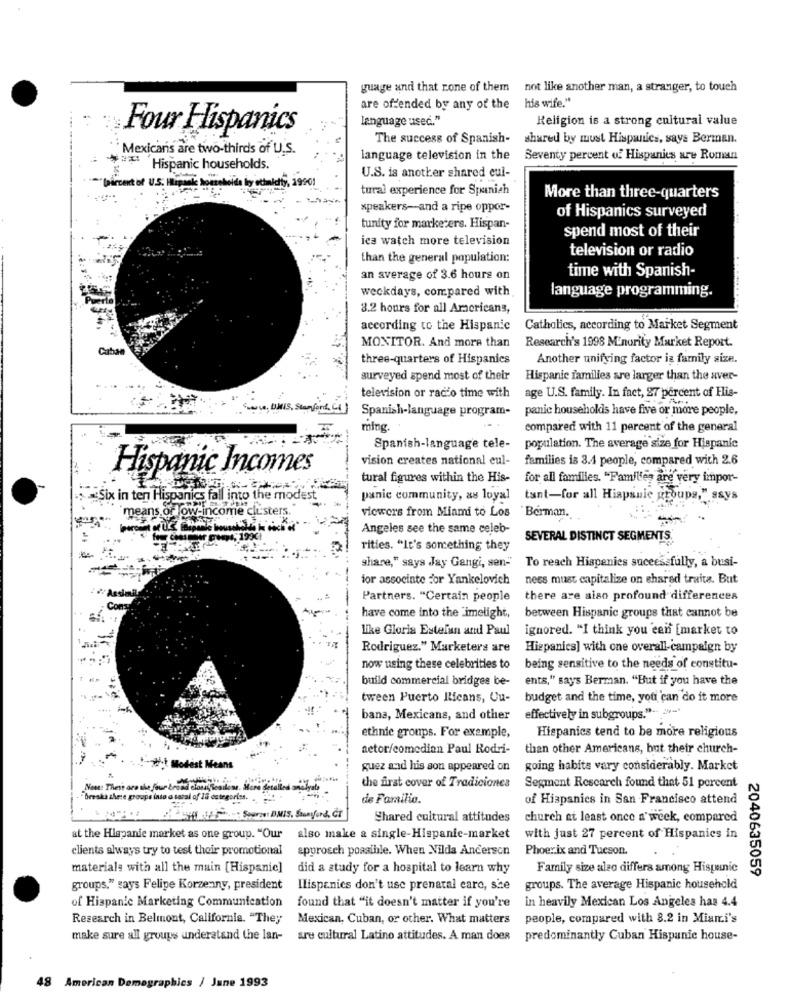
guage and that zone of them
not like another man, a stranger, to touch
his wife."
are offended by any of the
language used."
Religion is a strong cultural value
Four Hispanics
The success of Spanish-
shared by must Hispanics, says Berman.
Mexicans are two-thirds of U.S.
language television in the
Seventy percent of Hispanics are Roman
Hispanic households.
U.S. is another shared eul-
mais households by ethalelfy, 19901
tural experience for Spanish
-
More than three-quarters
speakers-and a ripe oppor-
of Hispanics surveyed
tunity for marketers. Hispan-
ica watch more television
spend most of their
television or radio
than the general population:
time with Spanish-
an average of 3.6 hours on
weckdays, compared with
language programming.
3.2 hours for all Aracrieans,
according to the Hispanic
Catholics, according to Market Segment
Cuba
MONITOR. And more than
Research's 1998 M'nority Market Report.
three-quarters of Hispanics
Another unifying factor is family size.
surveyed spend most of their
Hispanic families are larger than the aver-
television or radio time with
age U.S. family. In fact, 27 percent of His-
Spanish-language program-
panic households have five or more people,
ming.
compared with 11 percent of the general
Spanish-language tele-
population. The average size for Hispanic
vision creates national eul-
families is 3.4 people, compared with 2.6
Hispanic Incomes
tural figures within the His-
for all familles. "Familles are very impor-
Six in ten Hispanics fall into the mode
panic community, as loyal
tant-for all Hispanic groups," says
viewers from Miami to Los
Berman.
"means. or low-income clusters.
--
Angeles see the same celeb-
19X1
SEVERAL DISTINCT SEGMENTS
rities. "It's something they
To reach Hispanics successfully, a busi-
share," says Jay Gengi, sen-"
for associnte for Yankelovich
nees must capitalize on shared traita. But
Assimi
Partners. "Certain people
there are aiso profound differences
have come into the "imelight,
between Hispanic groups that cannot be
like Gloria Estefan and Paul
ignored. "I think you een [market to
Rodriguez." Marketers are
Hispanics] with one overall-campaign by
now using these celebrities to
being sensitive to the needs of constitu-
build commercial bridges be-
ents," says Berman. "But if you have the
tween Puerto Ilicans, Uu-
budget and the time, you can do it more
bana, Mexicans, and other
effectively in subgroups."-
ethnic groups. For example,
Hispanics tend to be more religious
actor/comedian Paul Rodri-
than other Americans, but their church-
*- Modest Means
guez and his son appeared on
going habits vary considerably. Market
Nome: These are the four brand classiResiless. More detailed analyals
the first cover of Tradiciones
Segment Rescarch found that 51 percent
"Breaks shere groups into a taral of lo categories. ..
de Familia.
of Hispanics in San Francisco attend
Shared cultural attitudes
church at least once a week, compared
at the Hispanic market as one group. "Our
also make a single-Hispanic-market
with just 27 percent of Hispanics in
clients always try to test their promotional
approsch possible. When Nilda Anderson
Phoenix and Tucson.
materiale with all the main [Hispanic]
did a study for a hospital to learn why
Family size aleo differs among Hispanic
2040635059
groups," says Felipe Korzenny, president
Ilispanics don't use prenatal care, size
groups. The average Hispanic household
of Hispanic Marketing Communication
found that "it doesn't matter if you're
in heavily Mexican Los Angeles has 4.4
Research in Belmont, California. "They
Mexican, Cuban, or other. What matters
people, compared with 8.2 in Miami's
make sure all groups understand the lan-
are cultural Latino attitudes. A man does predominantly Cuban Hispanic house-
48 American Demographics / June 1993